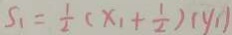
S _ { 1 } = \frac { 1 } { 2 } ( x _ { 1 } + \frac { 1 } { 2 } ) ( y _ { 1 } )